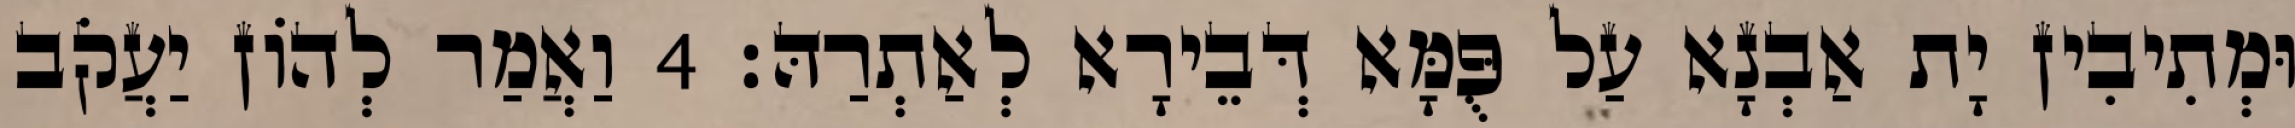
וּמְתִיבִין יָת אַבְנָא עַל פֻּמָּא דְּבֵירָא לְאַתְרַהּ׃ 4 וַאֲמַר לְהוֹן יַעֲקֹב